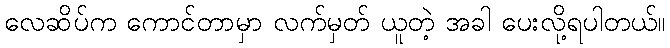
လေဆိပ်က ကောင်တာမှာ လက်မှတ် ယူတဲ့ အခါ ပေးလို့ရပါတယ်။